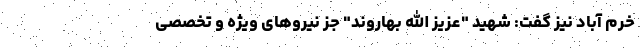
خرم آباد نیز گفت: شهید "عزیز الله بهاروند" جز نیروهای ویژه و تخصصی